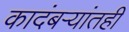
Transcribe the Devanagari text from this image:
कादंबर्‍यांतही